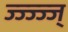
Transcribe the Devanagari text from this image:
ज्ज्ज्ज्ज्